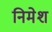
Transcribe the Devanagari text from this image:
निमेश